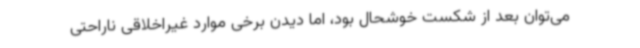
می‌توان بعد از شکست خوشحال بود، اما دیدن برخی موارد غیراخلاقی ناراحتی